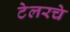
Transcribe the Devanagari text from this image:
टेलरचे